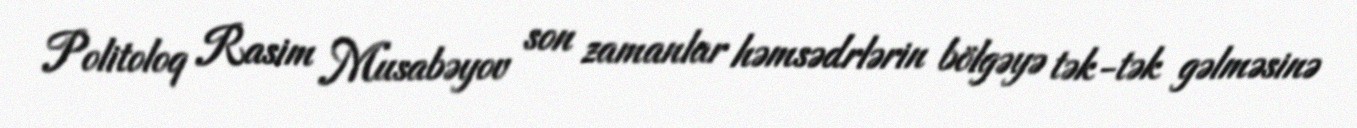
Politoloq Rasim Musabəyov son zamanlar həmsədrlərin bölgəyə tək-tək gəlməsinə